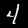
Label: 4